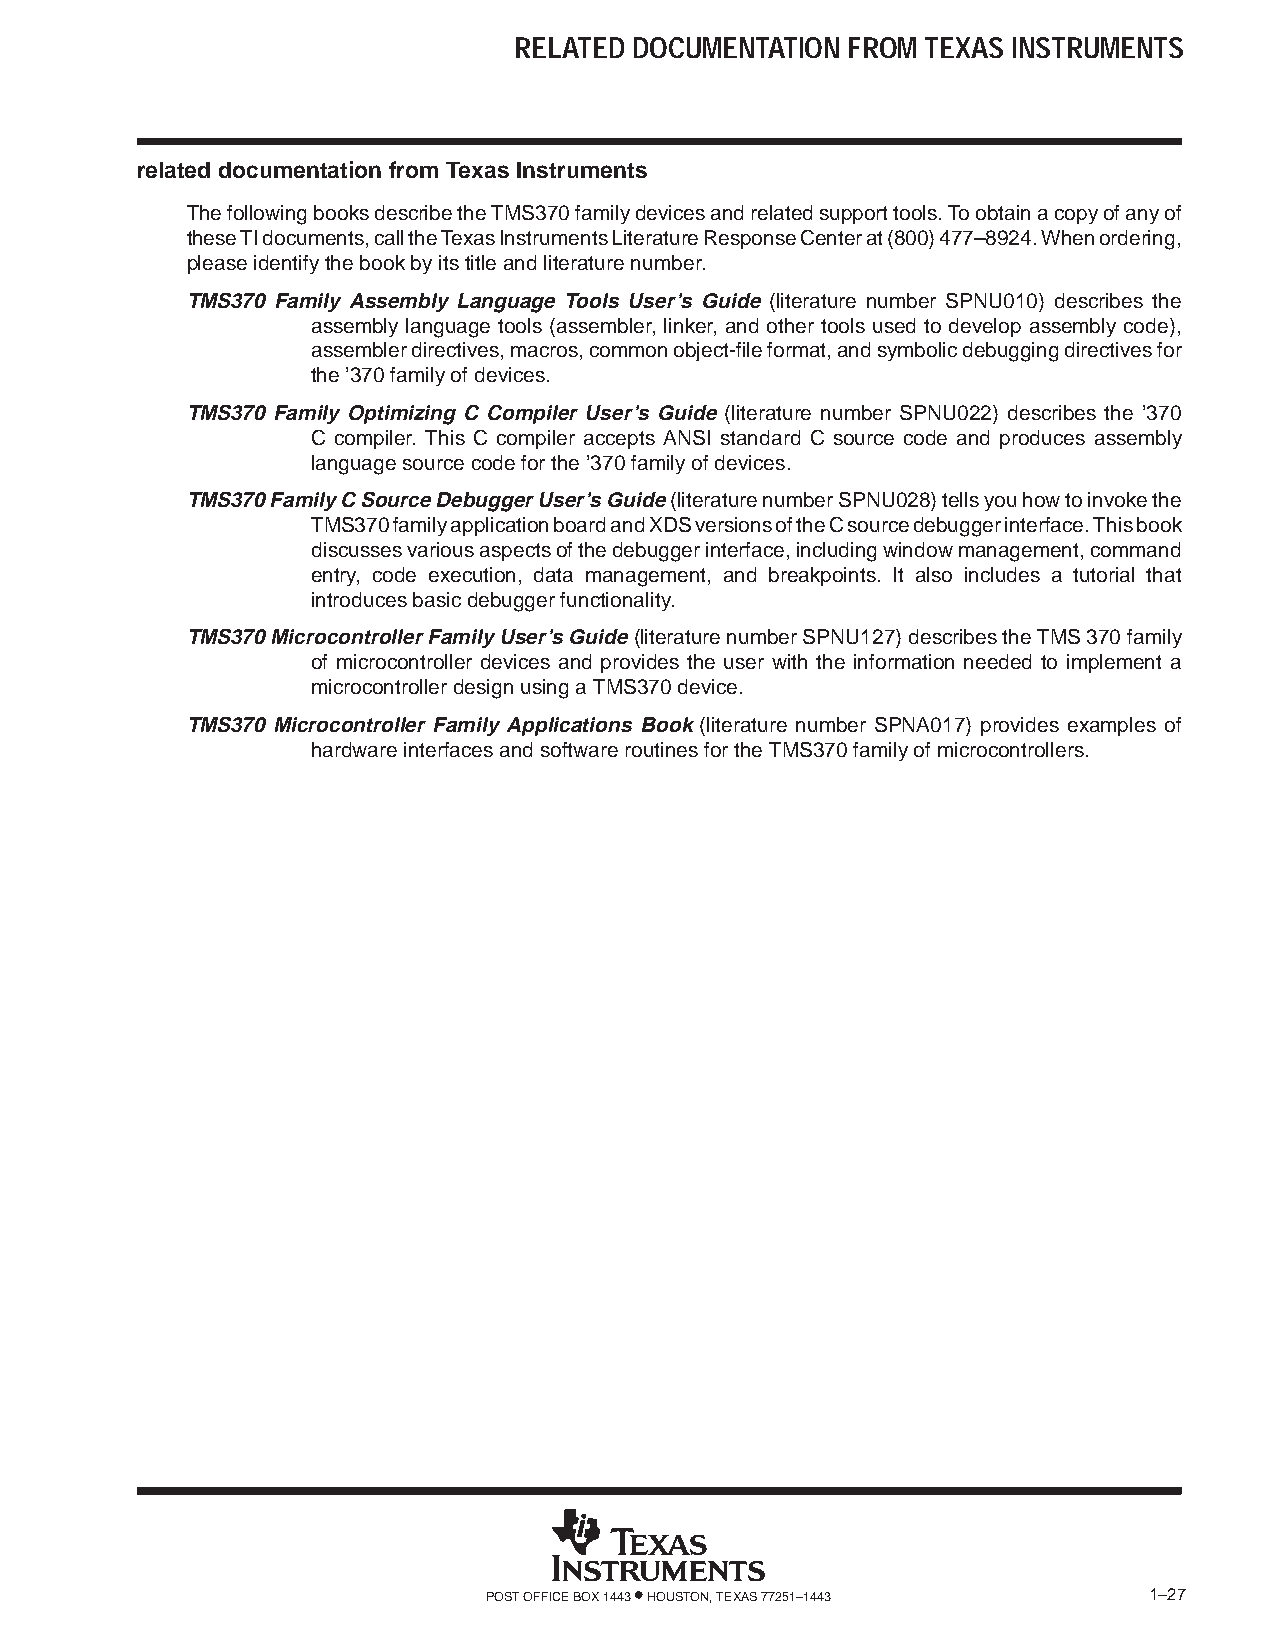
RELATED DOCUMENTATION FROM TEXAS INSTRUMENTS
 related documentation from Texas Instruments
 The following books describe the TMS370 family devices and related support tools. To obtain a copy of any of
 these TI documents, call the Texas Instruments Literature Response Center at (800) 477–8924. When ordering,
 please identify the book by its title and literature number.
 TMS370 Family Assembly Language Tools User’s Guide (literature number SPNU010) describes the
 assembly language tools (assembler, linker, and other tools used to develop assembly code),
 assembler directives, macros, common object-file format, and symbolic debugging directives for
 the ’370 family of devices.
 TMS370 Family Optimizing C Compiler User’s Guide (literature number SPNU022) describes the ’370
 C compiler. This C compiler accepts ANSI standard C source code and produces assembly
 language source code for the ’370 family of devices.
 TMS370 Family C Source Debugger User’s Guide (literature number SPNU028) tells you how to invoke the
 TMS370 family application board and XDS versions of the C source debugger interface. This book
 discusses various aspects of the debugger interface, including window management, command
 entry, code execution, data management, and breakpoints. It also includes a tutorial that
 introduces basic debugger functionality.
 TMS370 Microcontroller Family User’s Guide (literature number SPNU127) describes the TMS 370 family
 of microcontroller devices and provides the user with the information needed to implement a
 microcontroller design using a TMS370 device.
 TMS370 Microcontroller Family Applications Book (literature number SPNA017) provides examples of
 hardware interfaces and software routines for the TMS370 family of microcontrollers.
 POST OFFICE BOX 1443 • HOUSTON, TEXAS 77251–1443 1–27